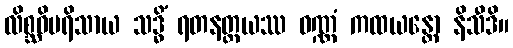
လိစ္ဆဝိပရိသာယ သဒ္ဓိံ ရတနတ္တယဿ ဝဏ္ဏံ ကထယန္တော နိသီဒိ။